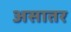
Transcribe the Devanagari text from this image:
असातर